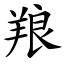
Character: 羪